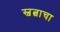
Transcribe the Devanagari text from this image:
स्वत्वाचा